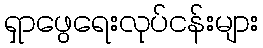
ရှာဖွေရေးလုပ်ငန်းများ